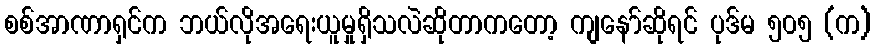
စစ်အာဏာရှင်က ဘယ်လိုအရေးယူမှုရှိသလဲဆိုတာကတော့ ကျနော်ဆိုရင် ပုဒ်မ ၅၀၅ (က)